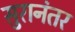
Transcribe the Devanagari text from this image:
सुरानंतर